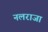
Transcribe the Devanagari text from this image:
नलराजा